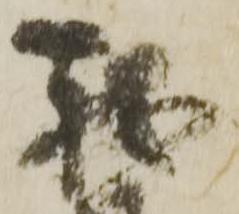
我